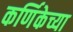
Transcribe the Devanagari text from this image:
कर्णिकेच्या